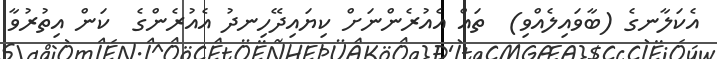
އެކަލާނގެ (ބާވައިލެއްވި)  ތައް އެއުރެންނަށް ކިޔައިދޭހިނދު އެއުރެންގެ  ކަން އިތުރުވާ